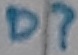
Text: D?